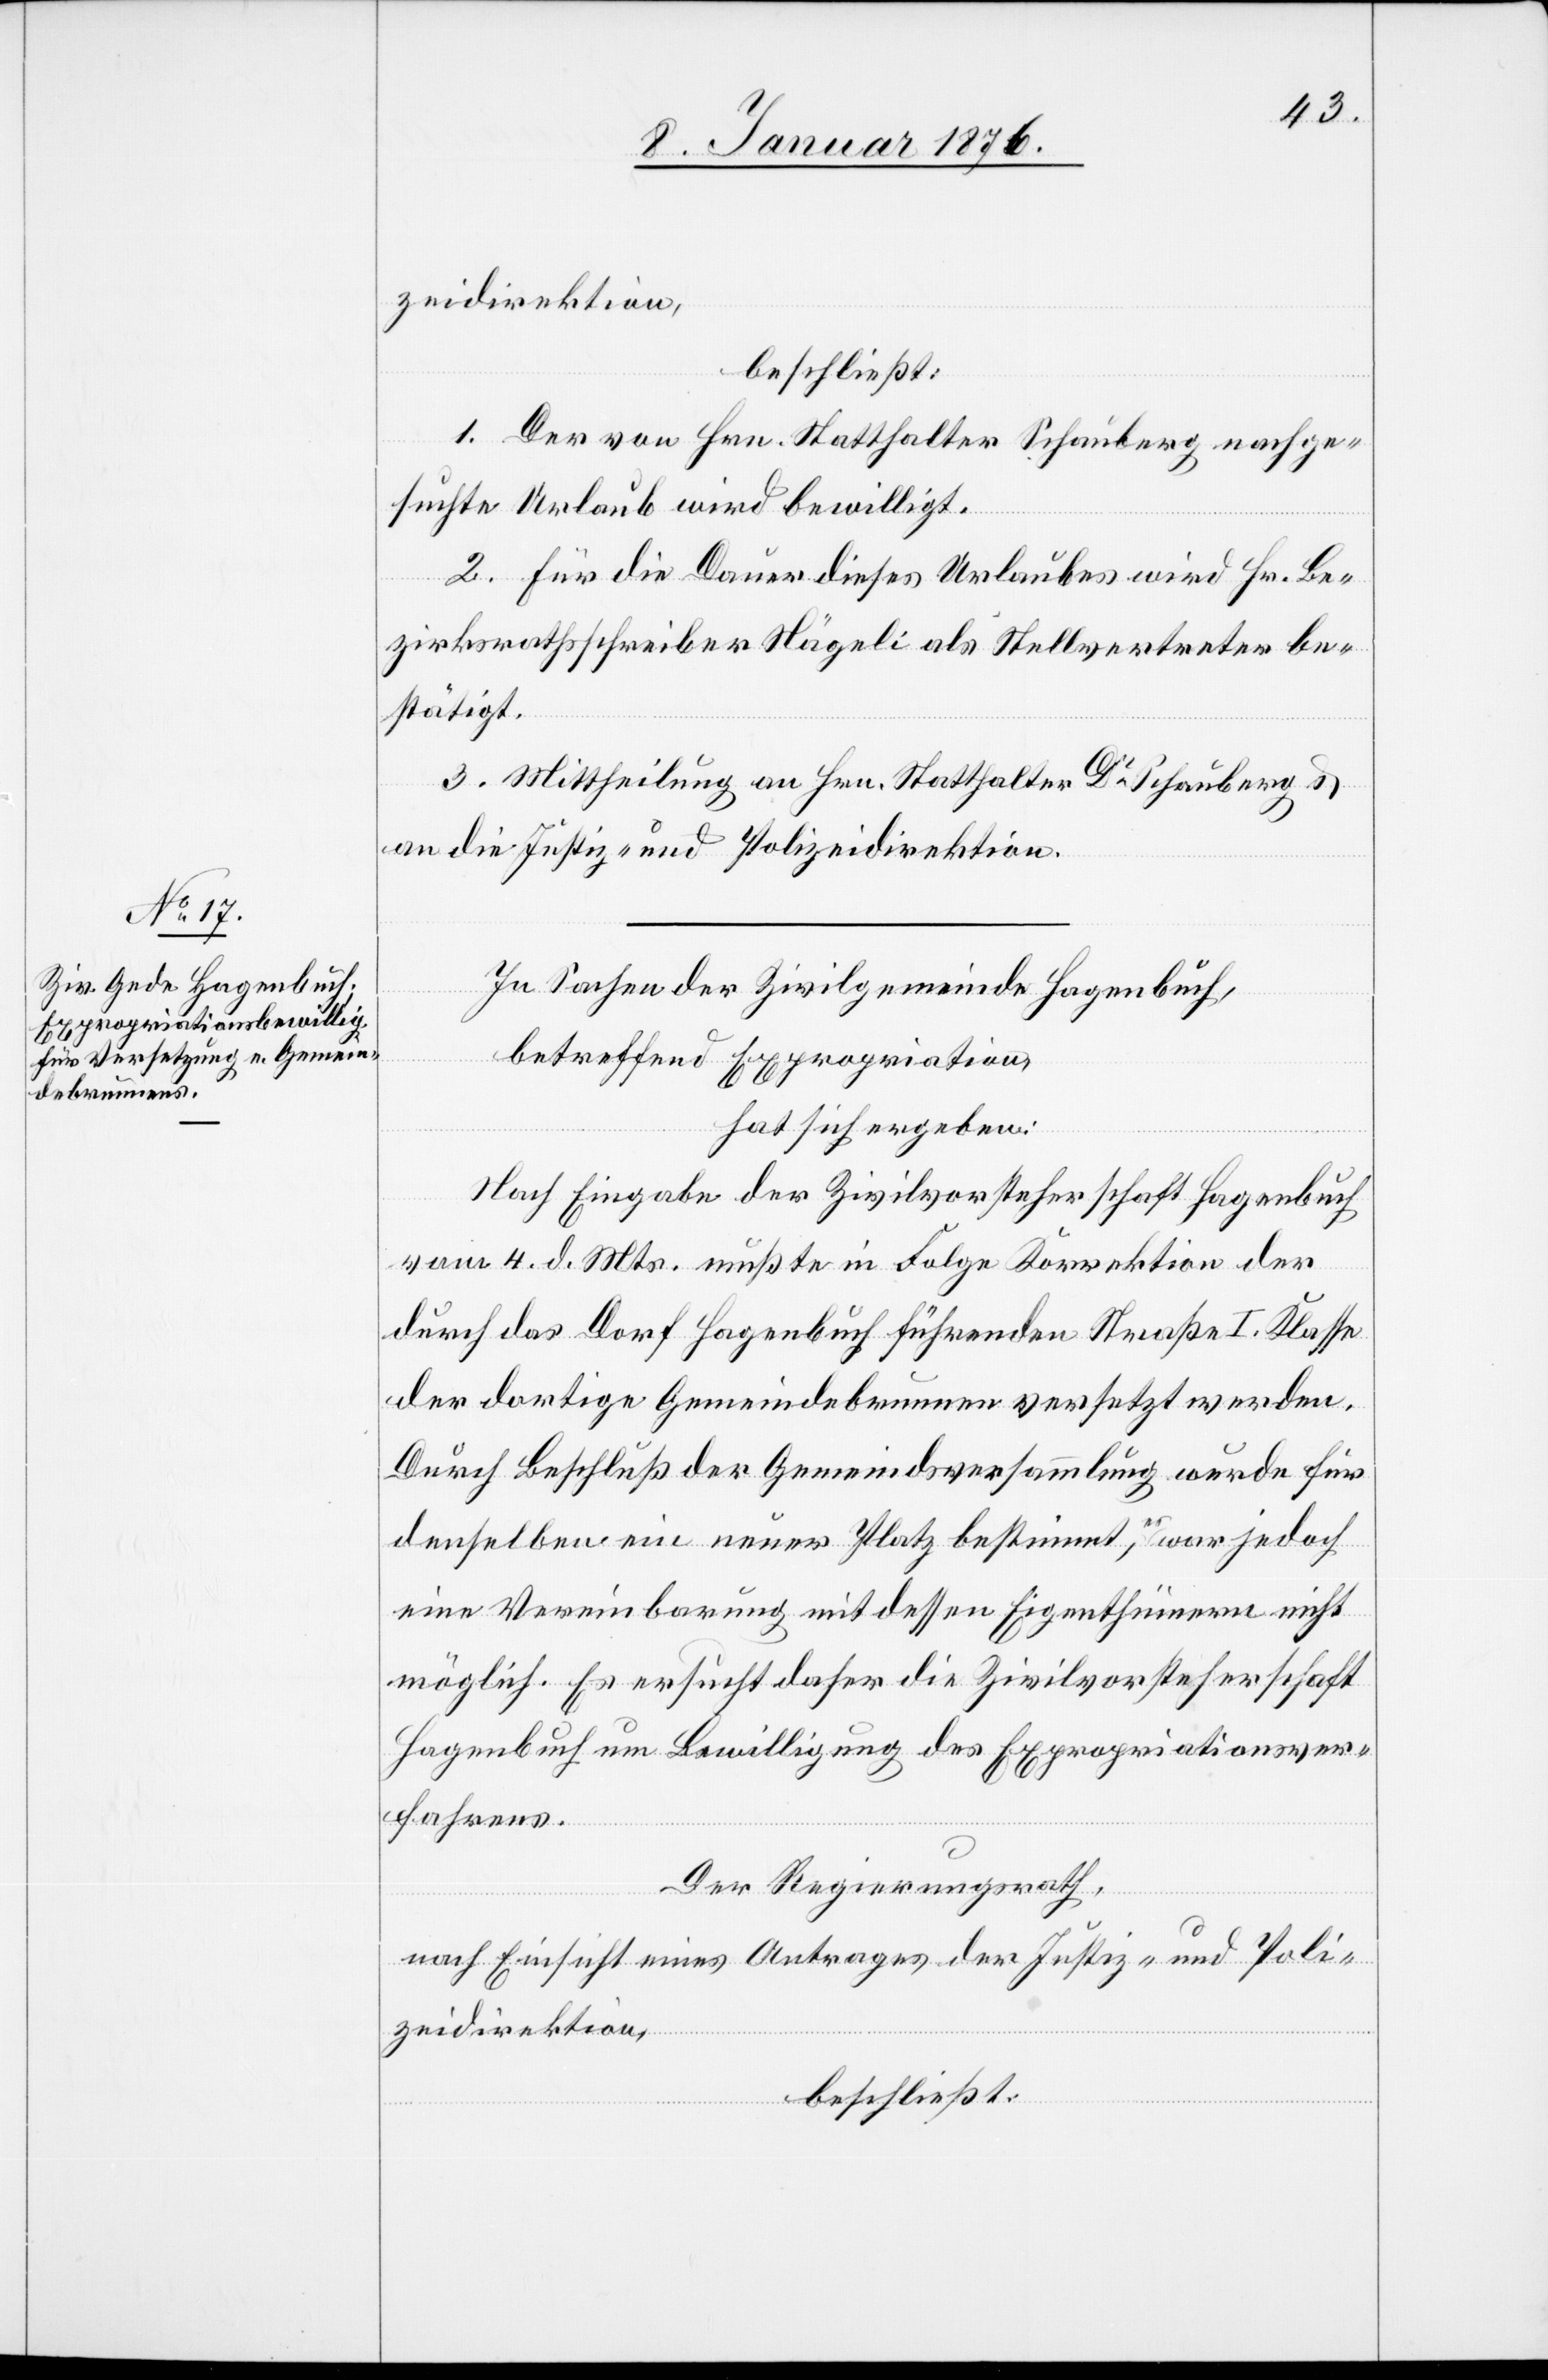
zeidirektion,
beschließt:
1. Der von Hrn. Statthalter Schauberg nachge¬
suchte Urlaub wird bewilligt.
2. Für die Dauer dieses Urlaubes wird Hr. Be¬
zirksrathsschreiber Nägeli als Stellvertreter be¬
stätigt.
3. Mittheilung an Hrn. Statthalter Dr. Schauberg u.
an die Justiz- und Polizeidirektion.
In Sachen der Zivilgemeinde Hagenbuch,
betreffend Expropriation,
hat sich ergeben:
Nach Eingabe der Zivilvorsteherschaft Hagenbuch
vom 4. d. Mts. mußte in Folge Korrektion der
durch das Dorf Hagenbuch führenden Straße I. Klasse
der dortige Gemeindebrunnen versetzt werden.
Durch Beschluß der Gemeindsversammlung wurde hier
denselben ein neuer Platz bestimmt, es war jedoch
eine Vereinbarung mit dessen Eigenthümern nicht
möglich. Es ersucht daher die Zivilvorsteherschaft
Hagenbuch um Bewilligung des Expropriationsver¬
fahrens.
Der Regierungsrath,
nach Einsicht eines Antrages der Justiz- und Poli¬
zeidirektion,
beschließt: